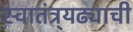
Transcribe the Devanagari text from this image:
स्वातंत्र्यढ्याची